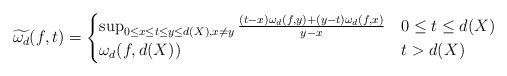
\begin{align*}\widetilde{\omega_d}(f,t)=\begin{cases}\sup_{0\leq x\leq t\leq y\leq d(X),x\neq y}\frac{(t-x)\omega_d(f,y)+(y-t)\omega_d(f,x)}{y-x} & 0\leq t\leq d(X) \\\omega_d(f,d(X)) & t > d(X)\end{cases}\end{align*}